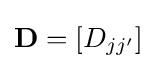
\mathbf {D} =[D_{jj'}]